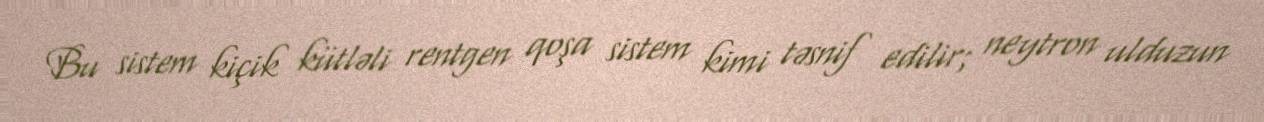
Bu sistem kiçik kütləli rentgen qoşa sistem kimi təsnif edilir; neytron ulduzun